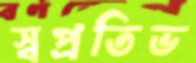
স্বপ্রতিভ